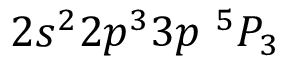
{ 2 s ^ { 2 } 2 p ^ { 3 } 3 p ~ ^ { 5 } P _ { 3 } }